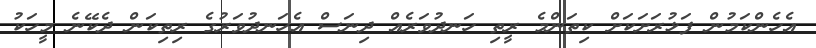
އެެހެންކަމުން ފަޅުރަށަކަށް ކިތަންމެ ރީތި ހަނދުވަރެއް ދިނަސް އެހަނދުވަރުގެ ރިތިކަން ދެކޭނެ މީހަކު